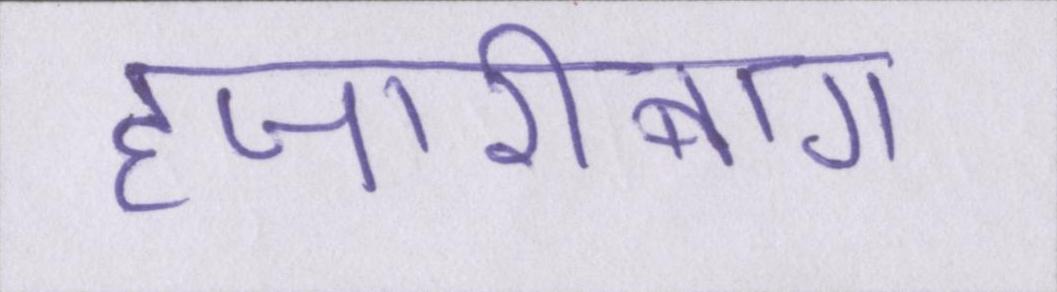
हजारीबाग